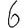
Digit: 6